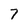
Character: 7